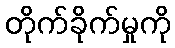
တိုက်ခိုက်မှုကို